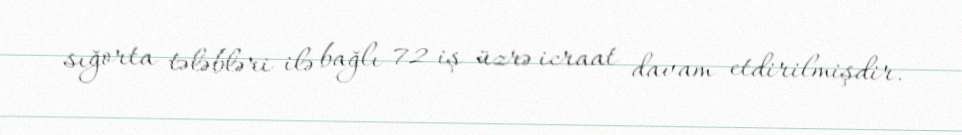
sığorta tələbləri ilə bağlı 72 iş üzrə icraat davam etdirilmişdir.